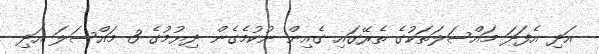
އަދި އެފަދަ މައްސަލަތަކުގެ ތެރޭގައި ގެއިން ނުކުމެގެން ދިޔުމުގެ 3 މައްސަލަ އަދި